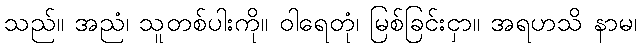
သည်။ အညံ၊ သူတစ်ပါးကို။ ဝါရေတုံ၊ မြစ်ခြင်းငှာ။ အရဟသိ နာမ၊